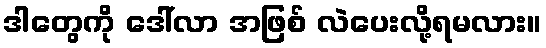
ဒါတွေကို ဒေါ်လာ အဖြစ် လဲပေးလို့ရမလား။